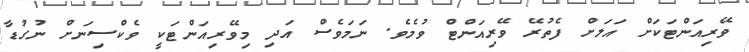
ވޭރިއަންޓަކަށް އަލަށް ފެތުރޭ ވޭރިއަންޓް ވުމެވެ. ނަމަވެސް އަދި މިވޭރިއަންޓަކީ ވެކްސިނަށް ނުގުޑާ